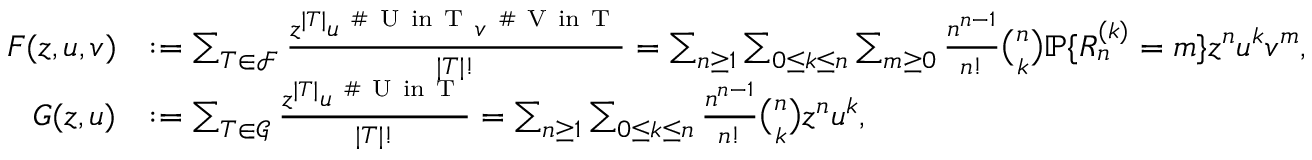
\begin{array} { r l } { F ( z , u , v ) } & { : = \sum _ { T \in \mathcal { F } } \frac { z ^ { | T | } u ^ { \mathrm { ~ \# ~ U ~ i n ~ T ~ } } v ^ { \mathrm { ~ \# ~ V ~ i n ~ T ~ } } } { | T | ! } = \sum _ { n \ge 1 } \sum _ { 0 \le k \le n } \sum _ { m \ge 0 } \frac { n ^ { n - 1 } } { n ! } \binom { n } { k } \mathbb { P } \{ R _ { n } ^ { ( k ) } = m \} z ^ { n } u ^ { k } v ^ { m } , } \\ { G ( z , u ) } & { : = \sum _ { T \in \mathcal { G } } \frac { z ^ { | T | } u ^ { \mathrm { ~ \# ~ U ~ i n ~ T ~ } } } { | T | ! } = \sum _ { n \ge 1 } \sum _ { 0 \le k \le n } \frac { n ^ { n - 1 } } { n ! } \binom { n } { k } z ^ { n } u ^ { k } , } \end{array}